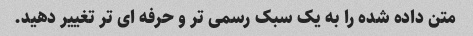
متن داده شده را به یک سبک رسمی تر و حرفه ای تر تغییر دهید.